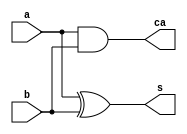
// s=a xor b 
//carry=ab
module full(output s,ca,input a,b);
 xor(s,a,b);
 and(ca,a,b);
endmodule

module half_adder;
 reg a,b;
 wire s,ca;
 full instance0(s,ca,a,b);
 initial begin
    $dumpfile("veril.vcd");
    $dumpvars(1);
    $display("half adder\n a b   sum  carry ");
    $monitor(a," ",b,"  ",s,"  ",ca);
    a=0;b=0;
    #1;a=0;b=1;
    #1;a=1;b=0;
    #1;a=1;b=1;
 end
endmodule